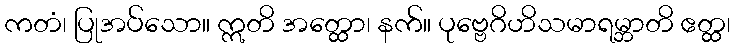
ကတံ၊ ပြုအပ်သော။ ဣတိ အတ္ထော၊ နက်။ ပုဗ္ဗေဂိဟိသမာရမ္ဘာတိ ဧတ္ထ၊